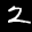
Label: 2